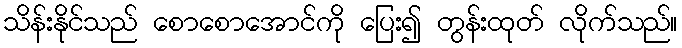
သိန်းနိုင်သည် စောစောအောင်ကို ပြေး၍ တွန်းထုတ် လိုက်သည်။